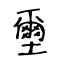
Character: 壐